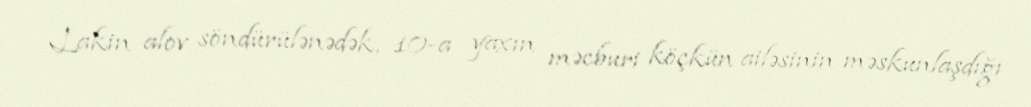
Lakin alov söndürülənədək, 10-a yaxın məcburi köçkün ailəsinin məskunlaşdığı